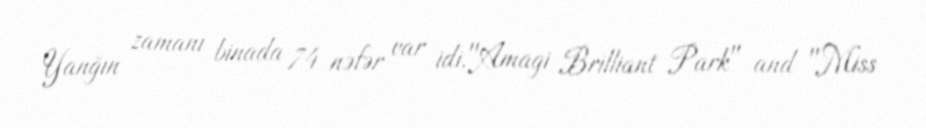
Yanğın zamanı binada 74 nəfər var idi."Amagi Brilliant Park" and "Miss